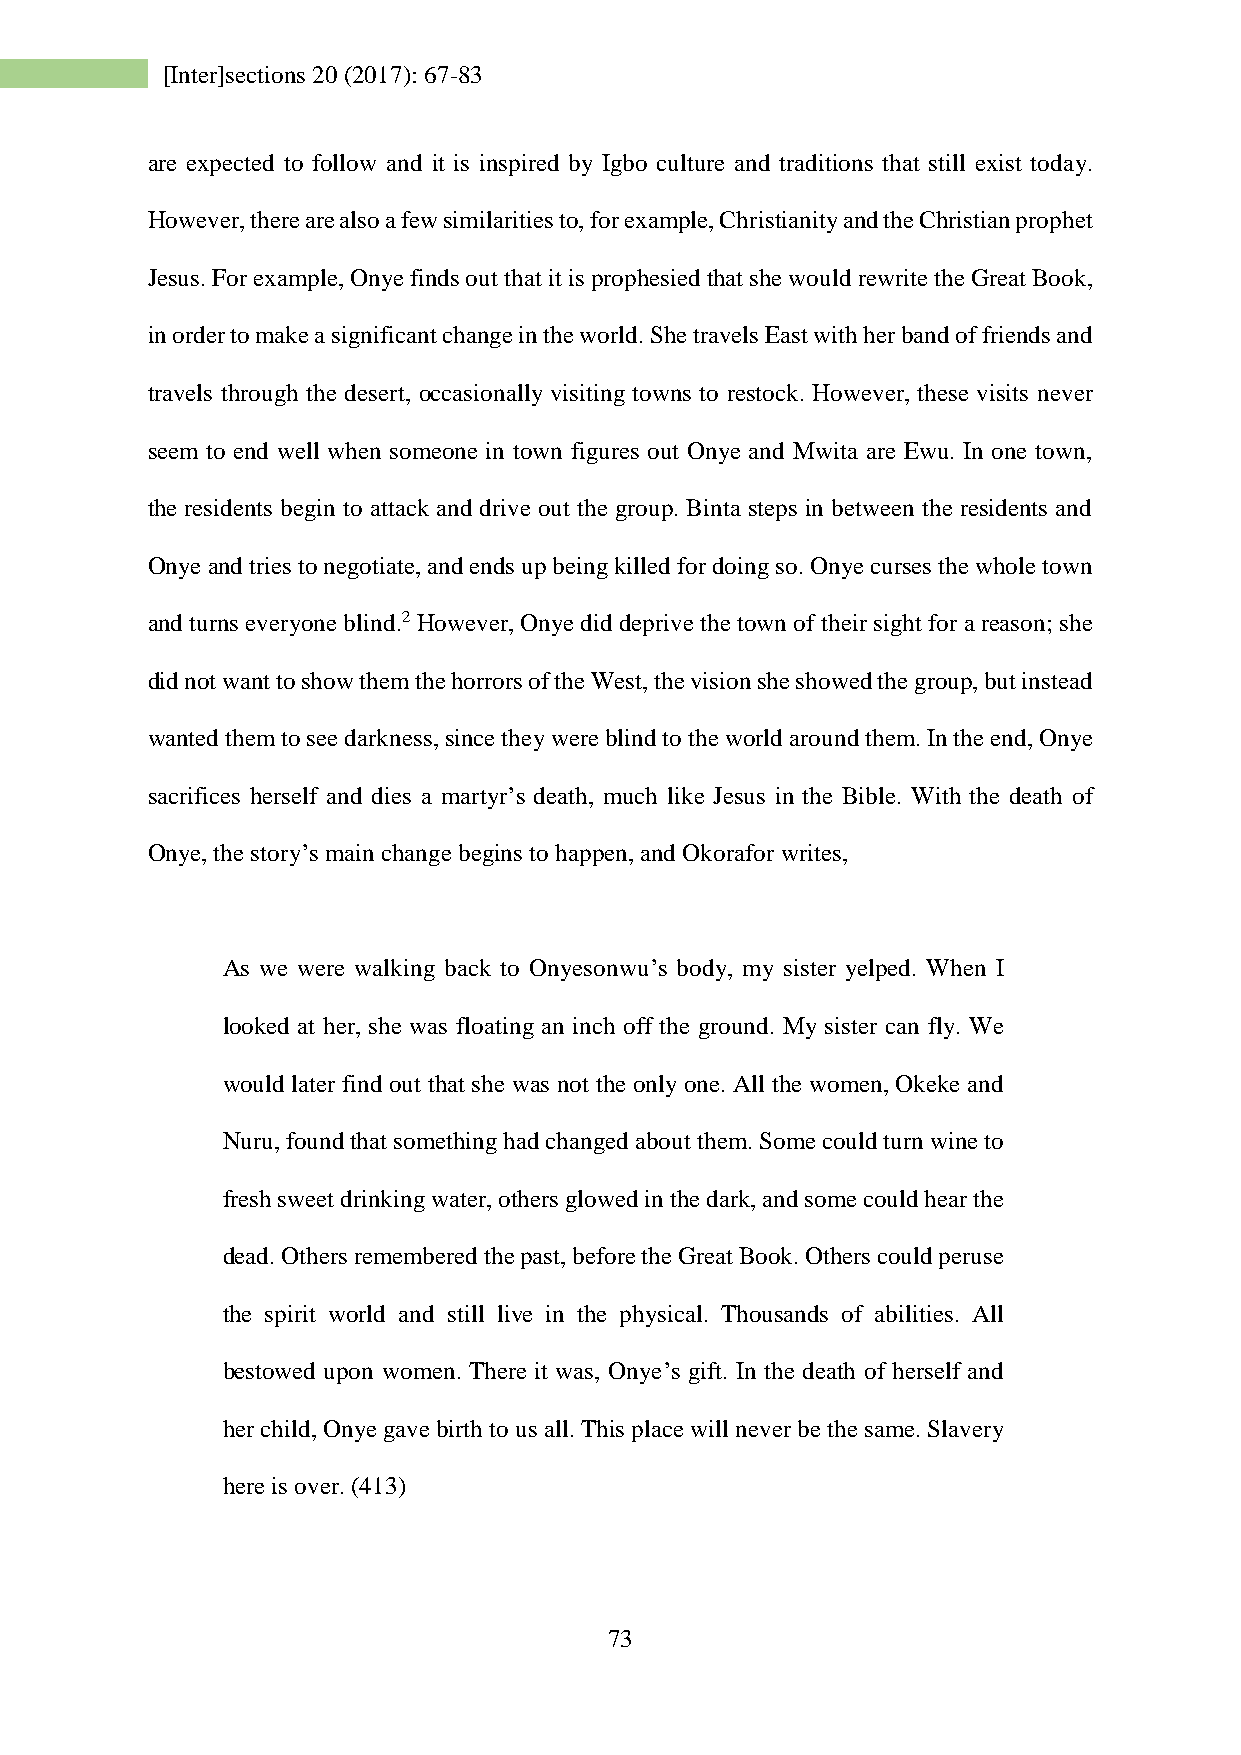
[Inter]sections 20 (2017): 67-83
 are expected to follow and it is inspired by Igbo culture and traditions that still exist today.
 However, there are also a few similarities to, for example, Christianity and the Christian prophet
 Jesus. For example, Onye finds out that it is prophesied that she would rewrite the Great Book,
 in order to make a significant change in the world. She travels East with her band of friends and
 travels through the desert, occasionally visiting towns to restock. However, these visits never
 seem to end well when someone in town figures out Onye and Mwita are Ewu. In one town,
 the residents begin to attack and drive out the group. Binta steps in between the residents and
 Onye and tries to negotiate, and ends up being killed for doing so. Onye curses the whole town
 and turns everyone blind.2 However, Onye did deprive the town of their sight for a reason; she
 did not want to show them the horrors of the West, the vision she showed the group, but instead
 wanted them to see darkness, since they were blind to the world around them. In the end, Onye
 sacrifices herself and dies a martyr’s death, much like Jesus in the Bible. With the death of
 Onye, the story’s main change begins to happen, and Okorafor writes,
 As we were walking back to Onyesonwu’s body, my sister yelped. When I
 looked at her, she was floating an inch off the ground. My sister can fly. We
 would later find out that she was not the only one. All the women, Okeke and
 Nuru, found that something had changed about them. Some could turn wine to
 fresh sweet drinking water, others glowed in the dark, and some could hear the
 dead. Others remembered the past, before the Great Book. Others could peruse
 the spirit world and still live in the physical. Thousands of abilities. All
 bestowed upon women. There it was, Onye’s gift. In the death of herself and
 her child, Onye gave birth to us all. This place will never be the same. Slavery
 here is over. (413)
 73